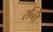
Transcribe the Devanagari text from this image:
रन्ति